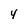
Character: 4